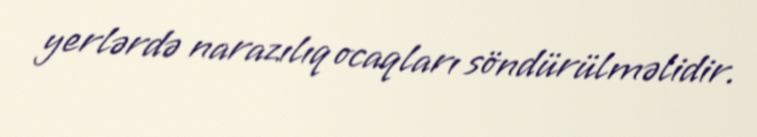
yerlərdə narazılıq ocaqları söndürülməlidir.